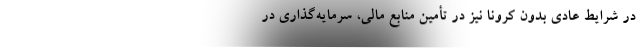
در شرایط عادی بدون کرونا نیز در تأمین منابع مالی، سرمایه‌گذاری در